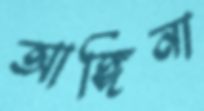
আঙ্গিনা